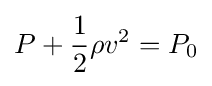
P+{\frac {1}{2}}\rho v^{2}=P_{0}